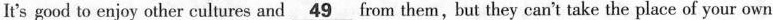
It's good to enjoy other cultures and \underline{49}from them,but they can't take the place of your own